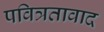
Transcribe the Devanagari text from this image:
पवित्रतावाद